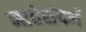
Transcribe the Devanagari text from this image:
नातेसंदर्भ